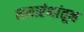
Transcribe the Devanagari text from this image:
समारंभांतून